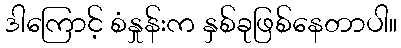
ဒါကြောင့် စံနှုန်းက နှစ်ခုဖြစ်နေတာပါ။